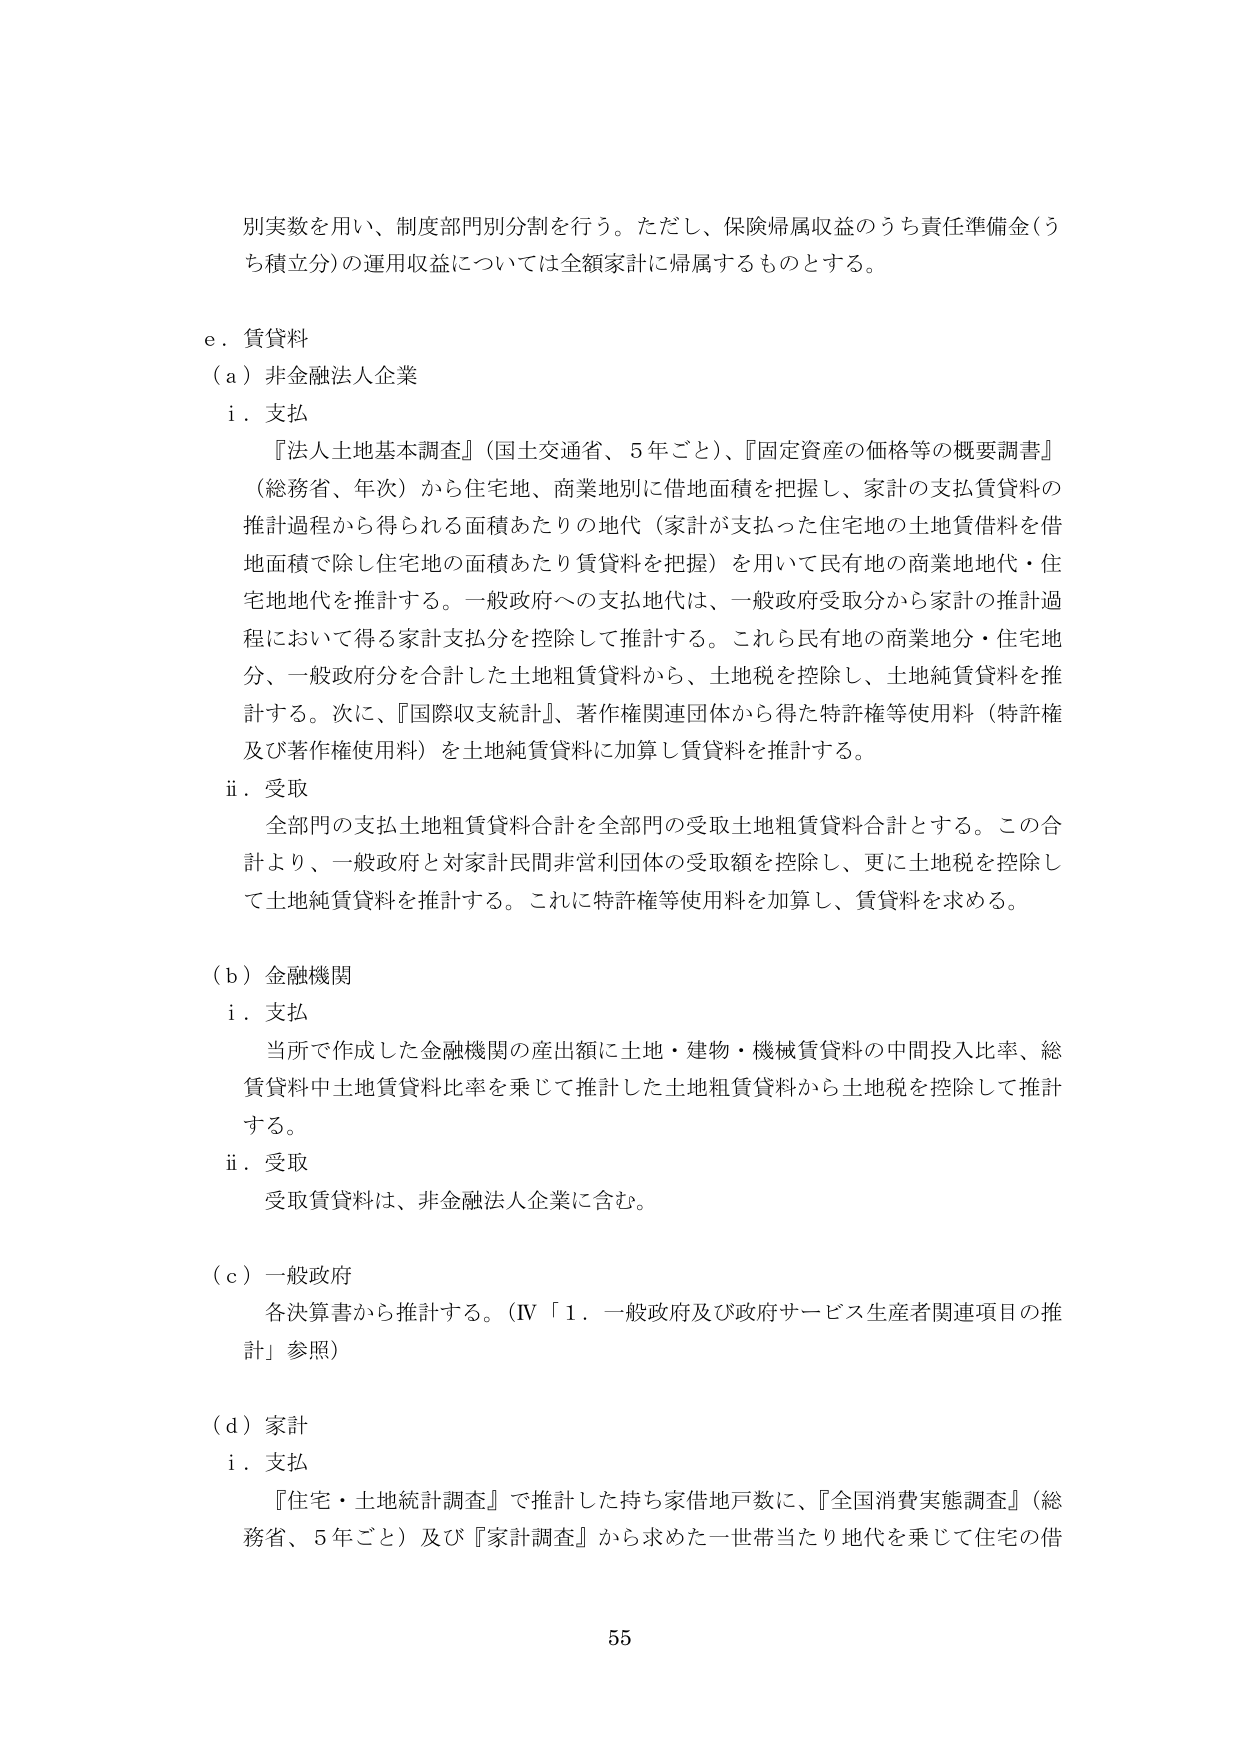
別実数を用い、制度部門別分割を行う。ただし、保険帰属収益のうち責任準備金（うち積立分）の運用収益については全額家計に帰属するものとする。

e．賃貸料
（a）非金融法人企業
　i．支払
　　『法人土地基本調査』（国土交通省、5年ごと）、『固定資産の価格等の概要調書』（総務省、年次）から住宅地、商業地別に借地面積を把握し、家計の支払賃貸料の推計過程から得られる面積あたりの地代（家計が支払った住宅地の土地賃借料を借地面積で除し住宅地の面積あたり賃貸料を把握）を用いて民有地の商業地地代・住宅地地代を推計する。一般政府への支払地代は、一般政府受取分から家計の推計過程において得る家計支払分を控除して推計する。これら民有地の商業地分・住宅地分、一般政府分を合計した土地租賃貸料から、土地税を控除し、土地純賃貸料を推計する。次に、『国際収支統計』、著作権関連団体から得た特許権等使用料（特許権及び著作権使用料）を土地純賃貸料に加算し賃貸料を推計する。
　ii．受取
　　全部門の支払土地租賃貸料合計を全部門の受取土地租賃貸料合計とする。この合計より、一般政府と対家計民間非営利団体の受取額を控除し、更に土地税を控除して土地純賃貸料を推計する。これに特許権等使用料を加算し、賃貸料を求める。

（b）金融機関
　i．支払
　　当所で作成した金融機関の産出額に土地・建物・機械賃貸料の中間投入比率、総賃貸料中土地賃貸料比率を乗じて推計した土地租賃貸料から土地税を控除して推計する。
　ii．受取
　　受取賃貸料は、非金融法人企業に含む。

（c）一般政府
　　各決算書から推計する。（IV「1．一般政府及び政府サービス生産者関連項目の推計」参照）

（d）家計
　i．支払
　　『住宅・土地統計調査』で推計した持ち家借地戸数に、『全国消費実態調査』（総務省、5年ごと）及び『家計調査』から求めた一世帯当たり地代を乗じて住宅の借

55